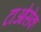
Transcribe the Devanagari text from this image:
टाओसेक